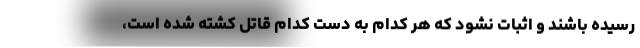
رسیده باشند و اثبات نشود که هر کدام به دست کدام قاتل کشته شده است،